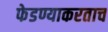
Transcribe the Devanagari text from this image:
फेडण्याकरताच